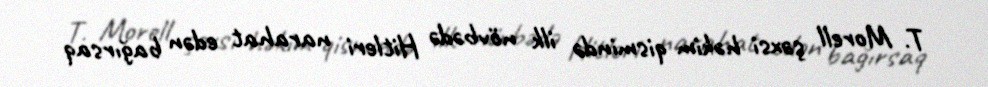
T. Morell şəxsi həkim qismində ilk növbədə Hitleri narahat edən bağırsaq